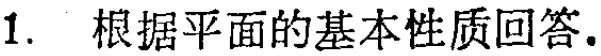
1. 根据平面的基本性质回答.